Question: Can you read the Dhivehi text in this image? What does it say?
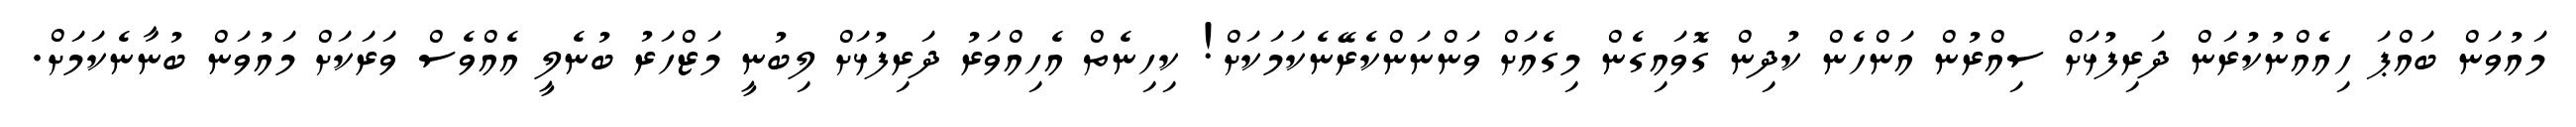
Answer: މައުވަން ބައްޕަ ހިއެއްނުކުރަން ދަރިފުޅަށް ސިއްރުން އަންހެން ކުދިން ގޮވައިގެން މިގެއަށް ވަންނަންކެރޭނެކަމަކަށް! ކިހިނެތް އެހިއްވަރު ދަރިފުޅަށް ލިބުނީ މަޒްހަރު ބުނެލީ އެއްވެސް ވަރަކަށް މައުވަން ބުނާނެކަމަށް.